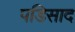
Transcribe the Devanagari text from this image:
पडिसाद